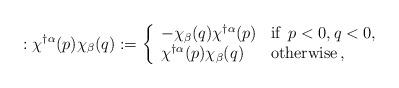
LaTeX: \begin{align*}: \chi^{\dagger\alpha}(p) \chi_{\beta}(q) : = \left\{ \begin{array}{ll} -\chi_{\beta} (q) \chi^{\dagger\alpha}(p) & \mbox{if}\enspace p<0, q<0, \\\chi^{\dagger\alpha}(p) \chi_{\beta}(q) & \mbox{otherwise} \, ,\\\end{array} \right.\end{align*}